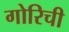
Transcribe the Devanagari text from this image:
गोरिची